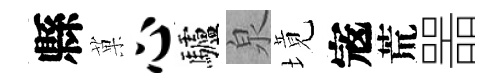
縣菓心驢泉境𡨥荒噐